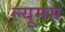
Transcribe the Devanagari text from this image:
ल्यूमस